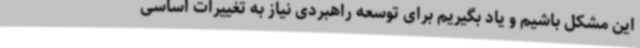
این مشکل باشیم و یاد بگیریم برای توسعه راهبردی نیاز به تغییرات اساسی